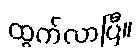
ထွက်လာပြီ။